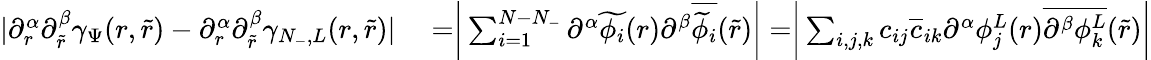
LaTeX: \begin{array}{rl}{|\partial_{r}^{\alpha}\partial_{\tilde{r}}^{\beta}\gamma_{\Psi}(r,\tilde{r})-\partial_{r}^{\alpha}\partial_{\tilde{r}}^{\beta}\gamma_{N_{-},L}(r,\tilde{r})|}&{{}=\biggr|\sum_{i=1}^{N-N_{-}}\partial^{\alpha}\widetilde{\phi_{i}}(r)\partial^{\beta}\overline{{\widetilde{\phi}_{i}}}(\tilde{r})\biggr|=\biggr|\sum_{i,j,k}c_{ij}\overline{{c}}_{ik}\partial^{\alpha}\phi_{j}^{L}(r)\overline{{\partial^{\beta}\phi_{k}^{L}}}(\tilde{r})\biggr|}\end{array}